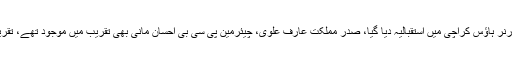
تفصیلات کے مطابق پی ایس ایل سیزن فور کے فائنل سے قبل فائنلسٹ ٹیموں کے لیے گورنر ہاؤس کراچی میں استقبالیہ دیا گیا، صدر مملکت عارف علوی، چیئرمین پی سی بی احسان مانی بھی تقریب میں موجود تھے، تقریب میں نیوزی لینڈ میں دہشت گردی کے واقعے پر ایک منٹ کی خاموشی اختیار کی گئی۔